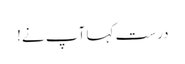
درست کہا آپ نے!